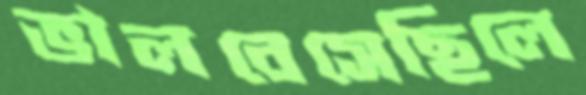
ভালবেসেছিলে